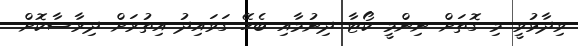
ވިދާޅުވީ މި ގޮތަށް ނިންމީ ކޯޓާ ދިނުމާއި ބެހޭ ގަވައިދު އިތުރަށް ދިރާސާކޮށް